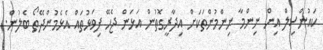
ކައުންސިލް އިން ނިންމާ ނިންމުންތަކަށް އިދާރީގޮތުން އަޅަން ޖެހޭ ފިވަޅުތައް އެޅެމުންދޭތޯ ބެލުން.